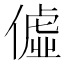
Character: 𫣞